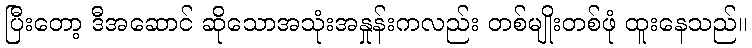
ပြီးတော့ ဒီအဆောင် ဆိုသောအသုံးအနှုန်းကလည်း တစ်မျိုးတစ်ဖုံ ထူးနေသည်။